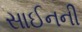
સાઈનની